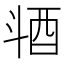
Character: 𣁹